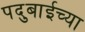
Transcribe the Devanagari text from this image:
पदुबाईच्या